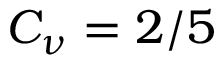
C _ { \nu } = 2 / 5